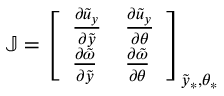
{ \mathbb J } = \left[ \begin{array} { l l } { \frac { \partial \tilde { u } _ { y } } { \partial \tilde { y } } } & { \frac { \partial \tilde { u } _ { y } } { \partial \theta } } \\ { \frac { \partial \tilde { \omega } } { \partial \tilde { y } } } & { \frac { \partial \tilde { \omega } } { \partial \theta } } \end{array} \right] _ { \tilde { y } _ { \ast } , \theta _ { \ast } }